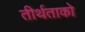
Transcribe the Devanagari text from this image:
तीर्थताको